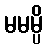
မမမ္ပိ